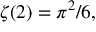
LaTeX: \zeta ( 2 ) = \pi ^ { 2 } / 6 ,